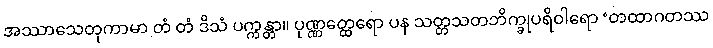
အဿာသေတုကာမာ တံ တံ ဒိသံ ပက္ကန္တာ။ ပုဏ္ဏတ္ထေရော ပန သတ္တသတဘိက္ခုပရိဝါရော ‘တထာဂတဿ